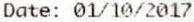
DATE: 01/10/2017